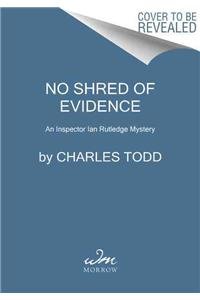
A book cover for No Shred of Evidence: An Inspector Ian Rutledge Mystery (Inspector Ian Rutledge Mysteries); Charles Todd; Mystery, Thriller & Suspense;